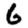
Digit: 6